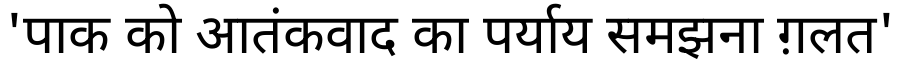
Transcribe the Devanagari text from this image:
'पाक को आतंकवाद का पर्याय समझना ग़लत'